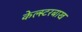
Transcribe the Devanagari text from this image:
केल्स्टरबाख